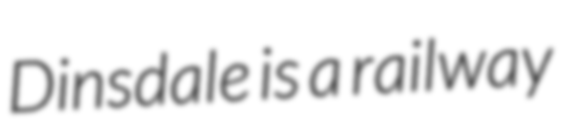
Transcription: Dinsdale is a railway